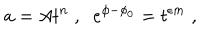
LaTeX: a = A t ^ { n } \; , \; \; e ^ { \phi - \phi _ { 0 } } = t ^ { \epsilon m } \; ,